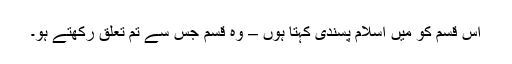
اس قسم کو میں اسلام پسندی کہتا ہوں – وہ قسم جس سے تم تعلق رکھتے ہو۔